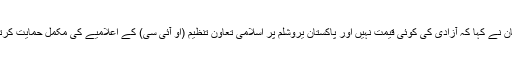
ترجمان نے کہا کہ آزادی کی کوئی قیمت نہیں اور پاکستان یروشلم پر اسلامی تعاون تنظیم (او آئی سی) کے اعلامیے کی مکمل حمایت کرتا ہے۔